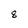
Character: 8